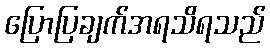
ပြောပြချက်အရသိရသည်